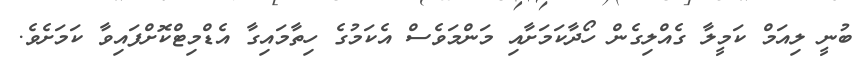
ބުނީ ލިއަމް ކަމީލާ ގެއްލިގެން ހޯދާކަމަށާއި މަންމަވެސް އެކަމުގެ ހިތާމައިގާ އެޑްމިޓްކޮށްފައިވާ ކަމަށެވެ.